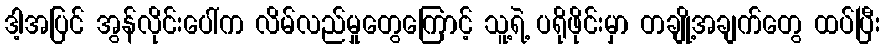
ဒါ့အပြင် အွန်လိုင်းပေါ်က လိမ်လည်မှုတွေကြောင့် သူ့ရဲ့ ပရိုဖိုင်းမှာ တချို့အချက်တွေ ထပ်ပြီး